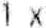
1 X